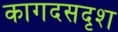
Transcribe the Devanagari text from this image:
कागदसदृश